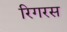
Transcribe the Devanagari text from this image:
रिगरस